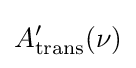
A_{\rm {trans}}^{\prime }(\nu )